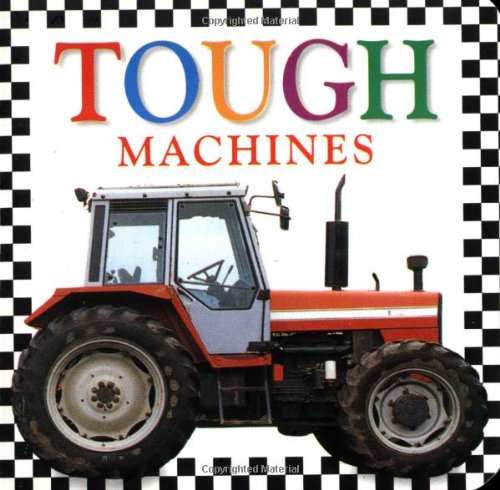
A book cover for Tough Machines Board Book; DK; Children's Books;